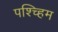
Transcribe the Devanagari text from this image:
पश्च्हिम